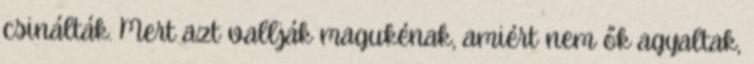
csinálták. Mert azt vallják magukénak, amiért nem ők agyaltak,